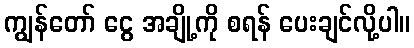
ကျွန်တော် ငွေ အချို့ကို စရန် ပေးချင်လို့ပါ။